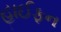
હાઈફન